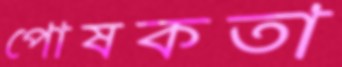
পোষকতা